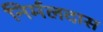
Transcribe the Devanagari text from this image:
निर्मलदास